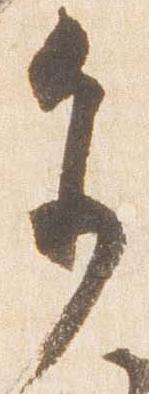
参